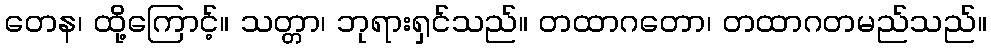
တေန၊ ထို့ကြောင့်။ သတ္တာ၊ ဘုရားရှင်သည်။ တထာဂတော၊ တထာဂတမည်သည်။